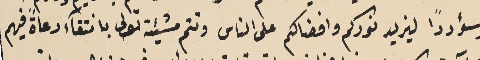
وسؤدداً ليزيد نوركم وافضالكم على الناس وتتم مشيئته تعالى بانتقآء رعاةً فيهم